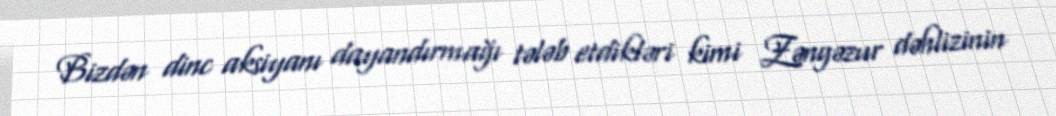
Bizdən dinc aksiyanı dayandırmağı tələb etdikləri kimi Zəngəzur dəhlizinin